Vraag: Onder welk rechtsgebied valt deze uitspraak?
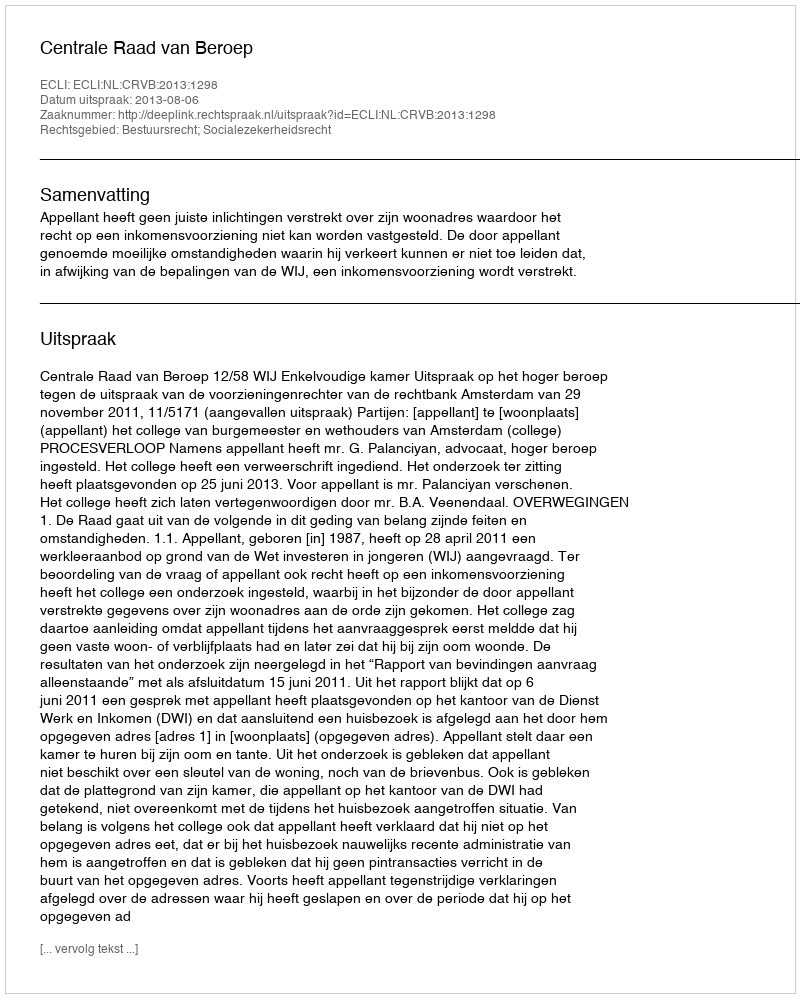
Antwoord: Bestuursrecht; Socialezekerheidsrecht